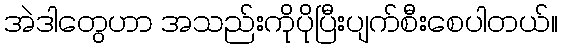
အဲဒါတွေဟာ အသည်းကိုပိုပြီးပျက်စီးစေပါတယ်။